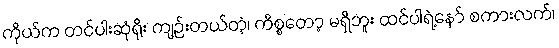
ကိုယ်က တင်ပါးဆုံရိုး ကျဉ်းတယ်တဲ့၊ ကိစ္စတော့ မရှိဘူး ထင်ပါရဲ့နော် စကားလက်၊